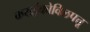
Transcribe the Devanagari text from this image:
कराईकोविलपत्तू